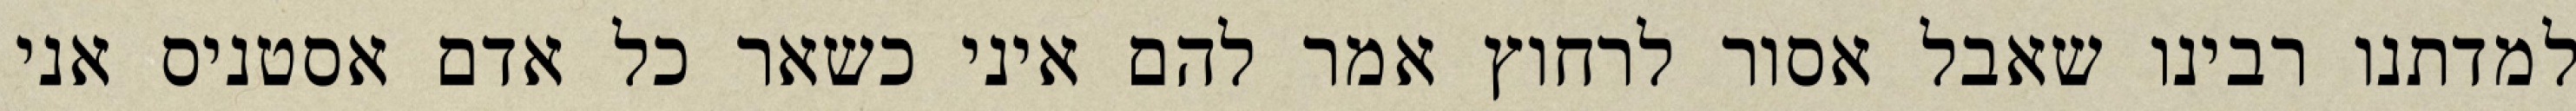
למדתנו רבינו שאבל אסור לרחוץ אמר להם איני כשאר כל אדם אסטניס אני